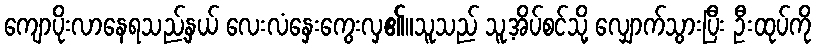
ကျောပိုးလာနေရသည့်နှယ် လေးလံနှေးကွေးလှ၏။သူသည် သူ့အိပ်စင်သို့ လျှောက်သွားပြီး ဦးထုပ်ကို